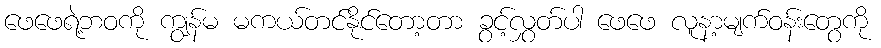
ဖေဖေရဲ့ဘဝကို ကျွန်မ မကယ်တင်နိုင်တော့တာ ခွင့်လွှတ်ပါ ဖေဖေ လူနာ့မျက်ဝန်းတွေကို